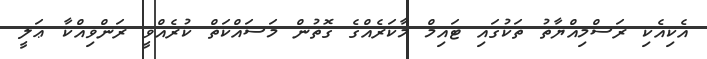
އެކިއެކި ރަސްމިއްޔާތު ތަކުގައި ޓައިމް މާކަރެއްގެ ގޮތުން މަސައްކަތް ކުރެއްވީ ރަންވިއްކާ ޢަލީ